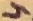
Text: 4